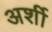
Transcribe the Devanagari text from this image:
अर्शी